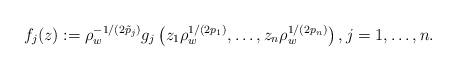
LaTeX: \begin{align*}f_j(z):=\rho_w^{-1/(2\tilde p_j)}g_j\left(z_1\rho_w^{1/(2p_1)},\dots,z_n\rho_w^{1/(2p_n)}\right),j=1,\dots,n.\end{align*}